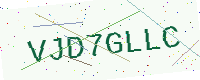
Text: VJD7GLLC